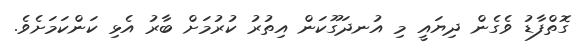
ގޮތްފާޑު ވެގެން ދިޔައީ މި އުނދަގޫކަން އިތުރު ކުރުމަށް ބާރު އެޅި ކަންކަމަށެވެ.